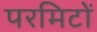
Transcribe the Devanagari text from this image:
परमिटों